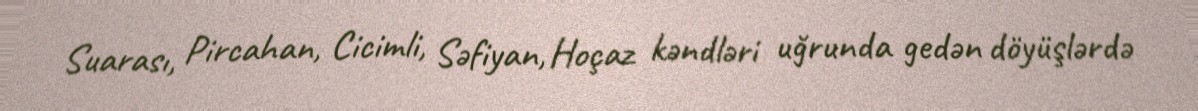
Suarası, Pircahan, Cicimli, Səfiyan, Hoçaz kəndləri uğrunda gedən döyüşlərdə